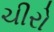
ચીરો